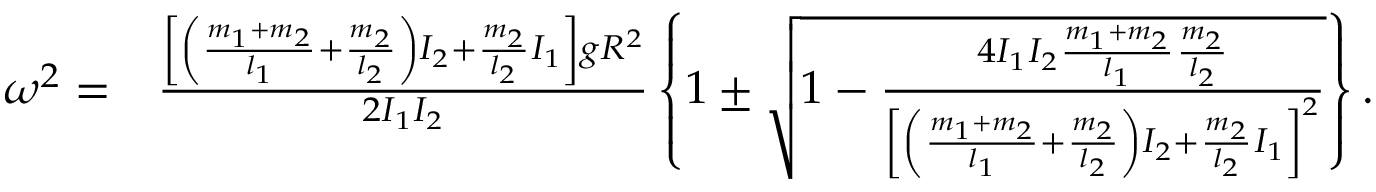
\begin{array} { r l } { \omega ^ { 2 } = } & { \frac { \left[ \left( \frac { m _ { 1 } + m _ { 2 } } { l _ { 1 } } + \frac { m _ { 2 } } { l _ { 2 } } \right) I _ { 2 } + \frac { m _ { 2 } } { l _ { 2 } } I _ { 1 } \right] g R ^ { 2 } } { 2 I _ { 1 } I _ { 2 } } \left\{ 1 \pm \sqrt { 1 - \frac { 4 I _ { 1 } I _ { 2 } \frac { m _ { 1 } + m _ { 2 } } { l _ { 1 } } \frac { m _ { 2 } } { l _ { 2 } } } { \left[ \left( \frac { m _ { 1 } + m _ { 2 } } { l _ { 1 } } + \frac { m _ { 2 } } { l _ { 2 } } \right) I _ { 2 } + \frac { m _ { 2 } } { l _ { 2 } } I _ { 1 } \right] ^ { 2 } } } \right\} . } \end{array}